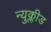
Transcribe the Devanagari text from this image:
न्युक्लीड